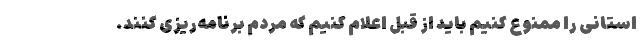
استانی را ممنوع کنیم باید از قبل اعلام کنیم که مردم برنامه‌ریزی کنند.